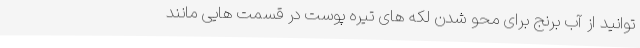
توانید از آب برنج برای محو شدن لکه های تیره پوست در قسمت هایی مانند